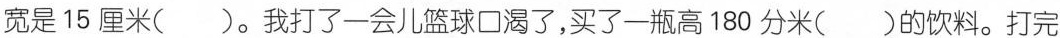
宽是15厘米( )。我打了一会儿篮球口渴了，买了一瓶高180分米( )的饮料。打完